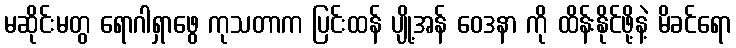
မဆိုင်းမတွ ရောဂါရှာဖွေ ကုသတာက ပြင်းထန် ပျို့အန် ဝေဒနာ ကို ထိန်းနိုင်ဖို့နဲ့ မိခင်ရော